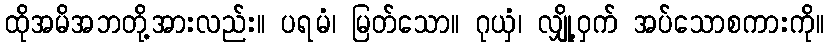
ထိုအမိအဘတို့အားလည်း။ ပရမံ၊ မြတ်သော။ ဂုယှံ၊ လျှို့ဝှက် အပ်သောစကားကို။